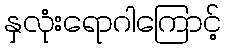
နှလုံးရောဂါကြောင့်